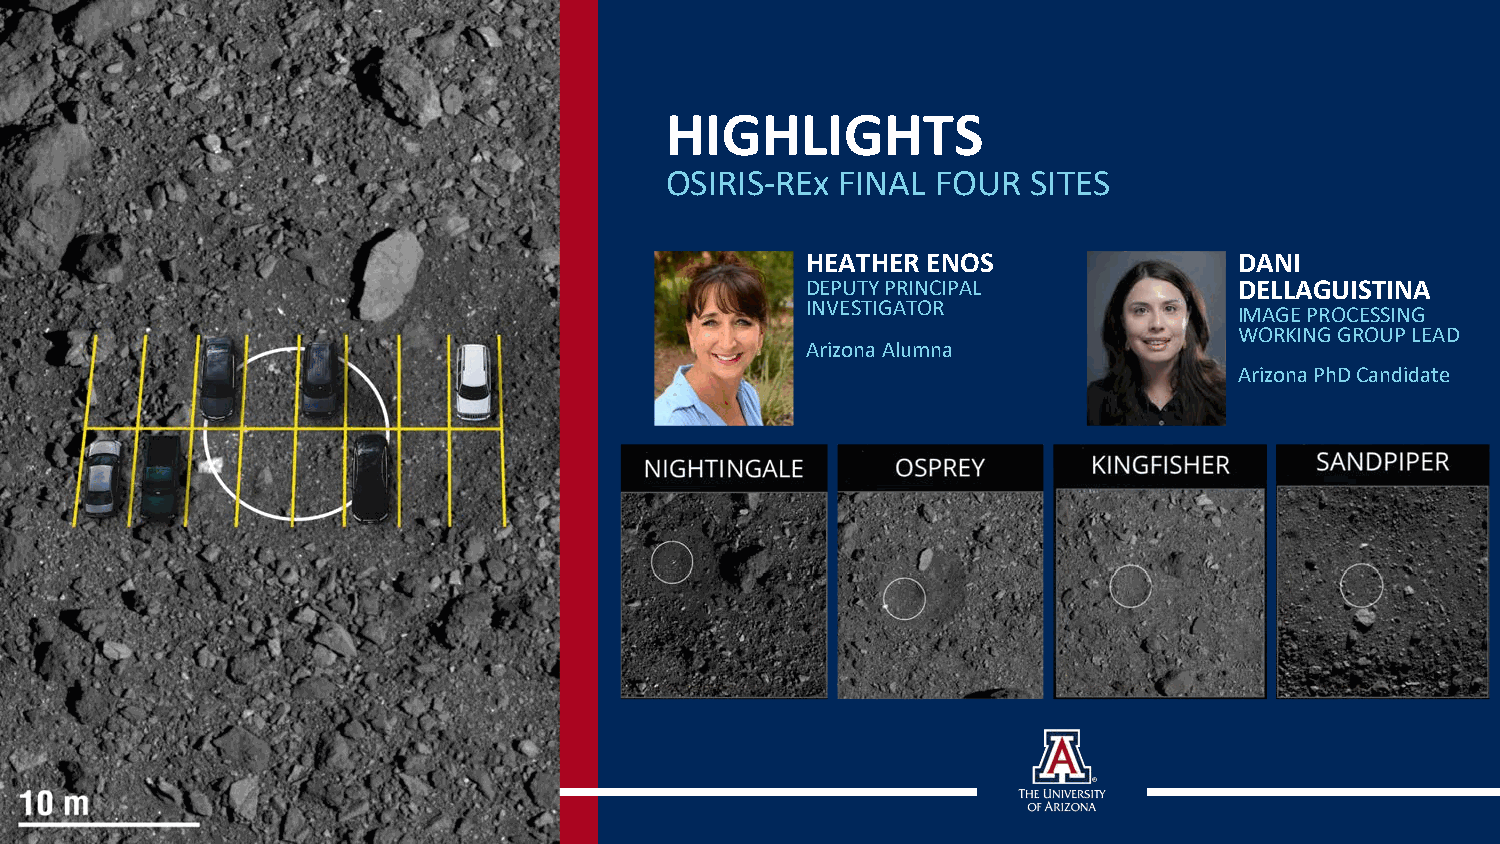
HIGHLIGHTS
 OSIRIS-REx  FINAL FOUR  SITES
 HEATHER ENOS                 DANI
 DEPUTY PRINCIPAL             DELLAGUISTINA
 INVESTIGATOR
 IMAGE PROCESSING
 WORKING GROUP LEAD
 Arizona Alumna
 Arizona PhD Candidate